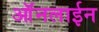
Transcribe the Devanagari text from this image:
ऑंनलाईन